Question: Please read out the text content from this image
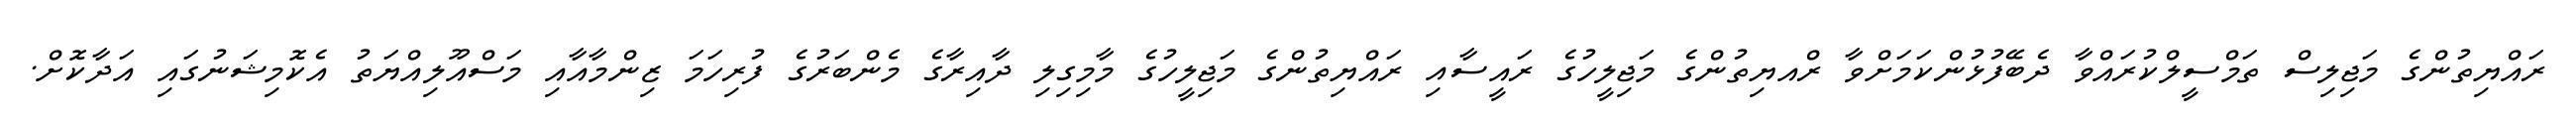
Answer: ރައްޔިތުންގެ މަޖިލިސް ތަމްސީލްކުރައްވާ ދެބޭފުޅުންކަމަށްވާ ރްއޔިތުންގެ މަޖިލީހުގެ ރައީސާއި ރައްޔިތުންގެ މަޖިލީހުގެ މާމިގިލި ދާއިރާގެ މެންބަރުގެ ފުރިހަމަ ޒިންމާއާއި މަސްއޫލިއްޔަތު އެކޮމިޝަނުގައި އަދާކޮށް.